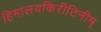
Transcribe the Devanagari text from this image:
हिमालयकिरीटिनीम्